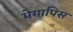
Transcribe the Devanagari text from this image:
मेगापिस